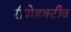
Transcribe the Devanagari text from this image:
रीप्रोडक्टीव